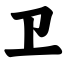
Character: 卫